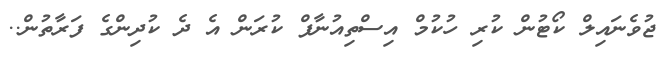
ޖުވެނައިލް ކޯޓުން ކުރި ހުކުމް އިސްތިއުނާފް ކުރަން އެ ދެ ކުދިންގެ ފަރާތުން..